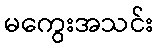
မကွေးအသင်း